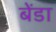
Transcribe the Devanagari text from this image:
बेंडा